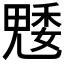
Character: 𮫢